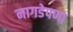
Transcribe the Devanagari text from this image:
नागडेपणा